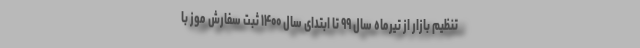
تنظیم بازار از تیرماه سال ۹۹ تا ابتدای سال ۱۴۰۰ ثبت سفارش موز با